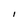
Character: I